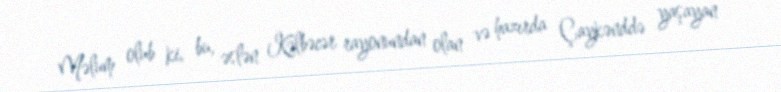
Məlum olub ki, bu, əslən Kəlbəcər rayonundan olan və hazırda Çaykənddə yaşayan